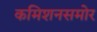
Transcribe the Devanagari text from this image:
कमिशनसमोर